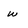
Character: w